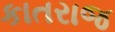
કાતરાજ